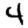
Digit: 4